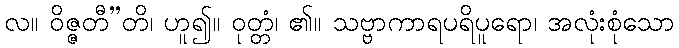
လ။ ဝိဇ္ဇတီ”တိ၊ ဟူ၍။ ဝုတ္တံ၊ ၏။ သဗ္ဗာကာရပရိပူရော၊ အလုံးစုံသော